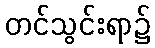
တင်သွင်းရာ၌